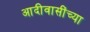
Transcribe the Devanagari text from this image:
आदीवासींच्या